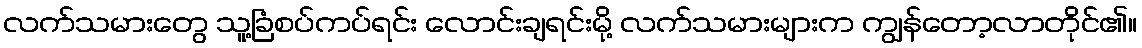
လက်သမားတွေ သူ့ခြံစပ်ကပ်ရင်း လောင်းချရင်းမို့ လက်သမားများက ကျွန်တော့လာတိုင်၏။